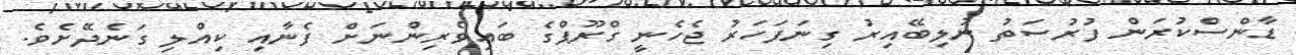
ޑާންސްކުރަން ފުރުސަތު ނުލިބޭއިރު ގިނަފަހަރު ޖެހެނީ ގްރޫޕްގެ ބައިވެރިންނަށް ފެނާއި ކިއްލި ގަނެދޭށެވެ.